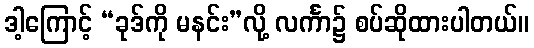
ဒါ့ကြောင့် “ခုဒ်ကို မနင်း”လို့ လင်္ကာ၌ စပ်ဆိုထားပါတယ်။